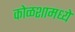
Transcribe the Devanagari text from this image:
कोळशामध्ये